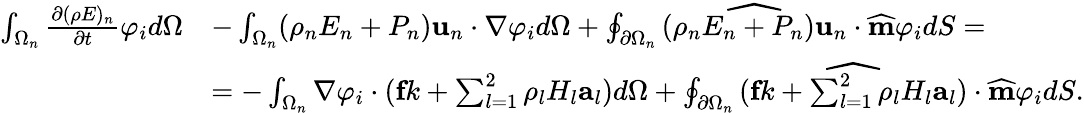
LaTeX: \begin{array}{rl}{\int_{\Omega_{n}}\frac{\partial(\rho E)_{n}}{\partial t}\varphi_{i}d\Omega}&{-\int_{\Omega_{n}}(\rho_{n}E_{n}+P_{n})\textbf{u}_{n}\cdot\nabla\varphi_{i}d\Omega+\oint_{\partial\Omega_{n}}\widehat{(\rho_{n}E_{n}+P_{n})\textbf{u}_{n}}\cdot\widehat{\textbf{m}}\varphi_{i}dS=}\\ &{=-\int_{\Omega_{n}}\nabla\varphi_{i}\cdot(\textbf{f}k+\sum_{l=1}^{2}\rho_{l}H_{l}\textbf{a}_{l})d\Omega+\oint_{\partial\Omega_{n}}\widehat{(\textbf{f}k+\sum_{l=1}^{2}\rho_{l}H_{l}\textbf{a}_{l})}\cdot\widehat{\textbf{m}}\varphi_{i}dS.}\end{array}